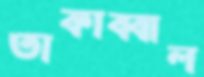
তাকাব্বাল